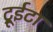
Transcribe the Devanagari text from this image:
ट्रूईटा